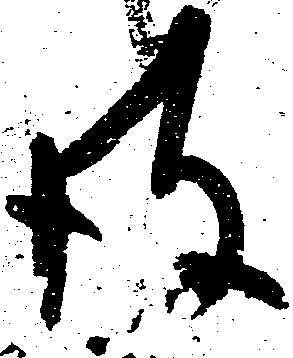
彼